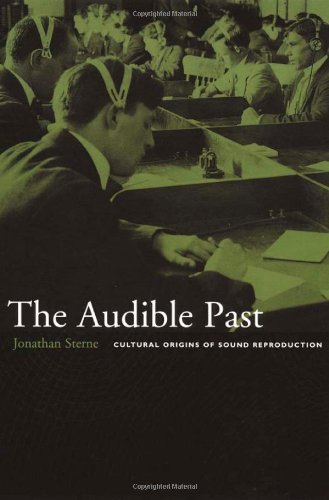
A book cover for The Audible Past: Cultural Origins of Sound Reproduction; Jonathan Sterne; Arts & Photography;